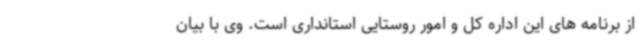
از برنامه های این اداره کل و امور روستایی استانداری است. وی با بیان